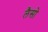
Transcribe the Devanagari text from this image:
लैसो